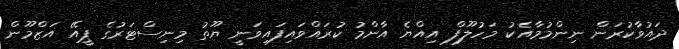
ދައުވާކުރަން ނިންމުމާއެކު މަހުލޫފް އިއްޔެ އާންމު ކުރައްވައިފައިވަނީ ޔޫތު މިނިސްޓަރުގެ ޕީއޭ އަޒްމޫން